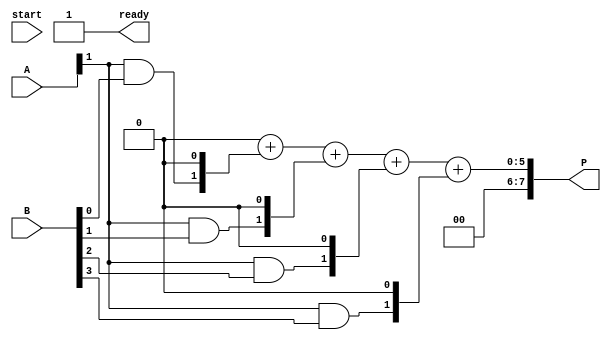
module asynchronous_wallace_multiplier #(parameter A_WIDTH = 4, B_WIDTH = 4) (
    input   [A_WIDTH-1:0] A,
    input   [B_WIDTH-1:0] B,
    output  reg [A_WIDTH+B_WIDTH-1:0] P,
    input   start,
    output  reg ready
);

    // Generate partial products
    reg [A_WIDTH*B_WIDTH-1:0] partial_products [0:A_WIDTH+B_WIDTH-1];
    
    // Asynchronous handling
    reg [A_WIDTH+B_WIDTH-1:0] sum [0:A_WIDTH+B_WIDTH-1];
    reg [A_WIDTH+B_WIDTH-1:0] carry [0:A_WIDTH+B_WIDTH-1];

    // Full Adder
    function automatic [1:0] full_adder(input a, input b, input c);
        begin
            full_adder[0] = a ^ b ^ c;  // Sum
            full_adder[1] = (a & b) | (b & c) | (a & c); // Carry
        end
    endfunction

    // Half Adder
    function automatic [1:0] half_adder(input a, input b);
        begin
            half_adder[0] = a ^ b;       // Sum
            half_adder[1] = a & b;       // Carry
        end
    endfunction

    // Generate partial products
    integer i, j;
    always @(*) begin
        for (i = 0; i < A_WIDTH; i = i + 1) begin
            for (j = 0; j < B_WIDTH; j = j + 1) begin
                partial_products[i*B_WIDTH + j] = A[i] & B[j];
            end
        end
    end

    // Wallace tree reduction (simplified)
    integer level; 
    reg [A_WIDTH+B_WIDTH-1:0] temp [0:A_WIDTH+B_WIDTH-1];
    always @(*) begin
        ready = 0;
        // Initialize with partial products
        for (level = 0; level < A_WIDTH + B_WIDTH; level = level + 1) begin
            temp[level] = {partial_products[level], 1'b0}; // Shift for adder
        end
        
        // Reduce using half adders and full adders
        for (level = 0; level < (A_WIDTH + B_WIDTH) / 2; level = level + 1) begin
            {carry[level], sum[level]} = full_adder(temp[2*level], temp[2*level + 1], 0);
            // Update next level values
            temp[level] = sum[level];
        end
        
        // Final Addition (may need additional stages in real design)
        P = 0;
        for (level = 0; level < A_WIDTH + B_WIDTH; level = level + 1) begin
            P = P + temp[level];
        end
        
        ready = 1;  // Signal that processing is done
    end
endmodule